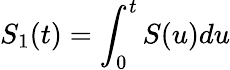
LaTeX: S_{1}(t)=\int_{0}^{t}S(u)du